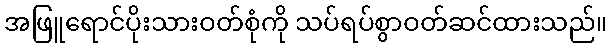
အဖြူရောင်ပိုးသားဝတ်စုံကို သပ်ရပ်စွာဝတ်ဆင်ထားသည်။